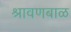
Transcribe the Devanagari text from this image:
श्रावणबाळ